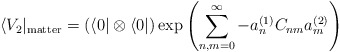
\begin{align*}\langle V_2 |_{{\rm matter}} =\left(\langle 0 | \otimes \langle 0 |\right)\exp\left( \sum_{n, m = 0}^{ \infty} -a_n^{(1)} C_{nm} a_m^{ (2)} \right)\end{align*}